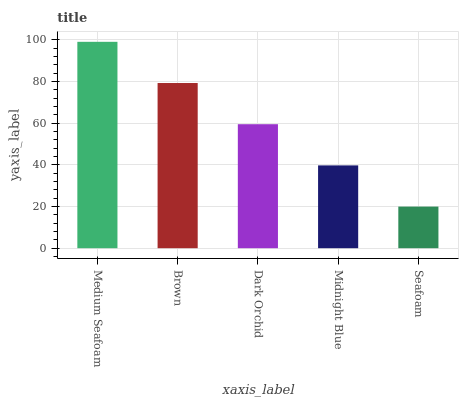
| xaxis_label | bars |
 | --- | --- |
 | Medium Seafoam | 99 |
 | Brown | 79.2 |
 | Dark Orchid | 59.5 |
 | Midnight Blue | 39.7 |
 | Seafoam | 20 |